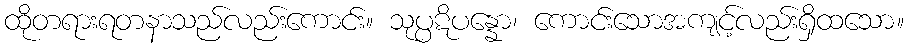
ထိုတရားရတနာသည်လည်းကောင်း။ သုပ္ပဋိပန္နော၊ ကောင်းသောအကျင့်လည်းရှိထသော။